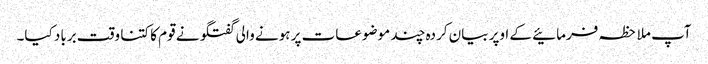
آپ ملاحظہ فرمائیے کے اوپر بیان کردہ چند موضوعات پر ہونے والی گفتگو نے قوم کا کتنا وقت برباد کیا۔